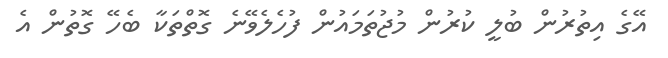
އޭގެ އިތުރުން ބުލީ ކުރުން މުޖުތަމައުން ފުހެލެވޭނެ ގޮތްތަކާ ބެހޭ ގޮތުން އެ